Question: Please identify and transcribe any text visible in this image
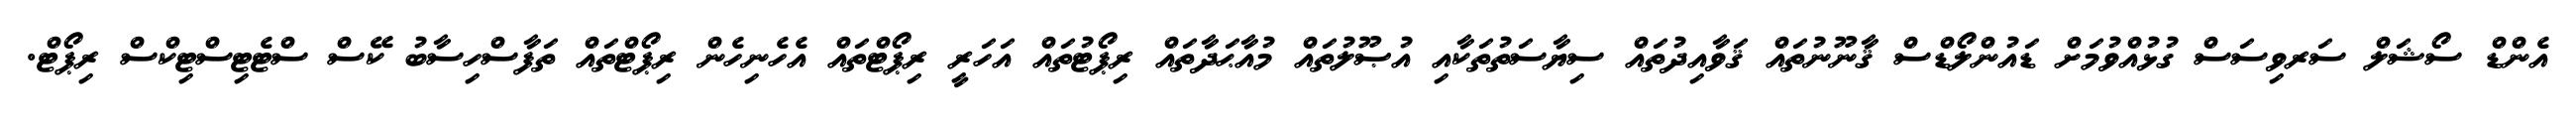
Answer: އެންޑް ސޯޝަލް ސަރވިސަސް ގުޅުއްވުމަށް ޑައުންލޯޑްސް ޤާނޫނުތައް ޤަވާއިދުތައް ސިޔާސަތުތަކާއި އުޞޫލުތައް މުއާޙަދާތައް ރިޕޯޓުތައް އަހަރީ ރިޕޯޓްތައް އެހެނިހެން ރިޕޯޓްތައް ތަފާސްހިސާބު ކޭސް ސްޓެޓިސްޓިކްސް ރިޕޯޓް.